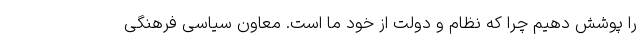
را پوشش دهیم چرا که نظام و دولت از خود ما است. معاون سیاسی فرهنگی